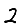
Digit: 2